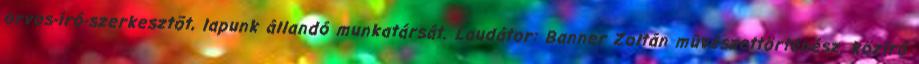
orvos-író-szerkesztõt, lapunk állandó munkatársát. Laudátor: Banner Zoltán mûvészettörténész, közíró